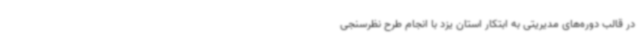
در قالب دوره‌های مدیریتی به ابتکار استان یزد با انجام طرح نظرسنجی